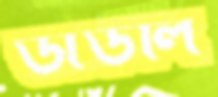
ডাডলি